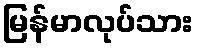
မြန်မာလုပ်သား